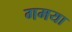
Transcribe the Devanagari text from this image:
गमया